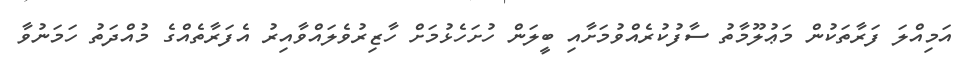
އަމިއްލަ ފަރާތަކުން މަޢުލޫމާތު ސާފުކުރެއްވުމަށާއި ބީލަން ހުށަހެޅުމަށް ހާޒިރުވެލައްވާއިރު އެފަރާތެއްގެ މުއްދަތު ހަމަނުވާ